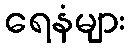
ရေနံများ